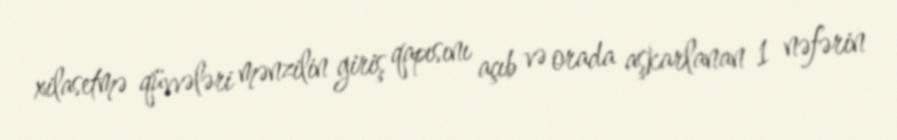
xilasetmə qüvvələri mənzilin giriş qapısını açıb və orada aşkarlanan 1 nəfərin